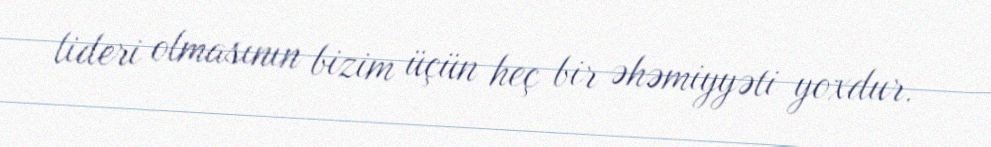
lideri olmasının bizim üçün heç bir əhəmiyyəti yoxdur.